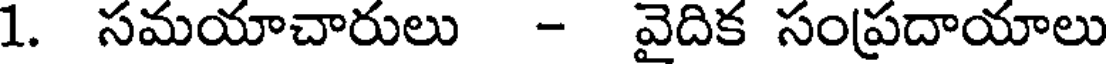
1. సమయాచారులు - వైదిక సంప్రదాయాలు